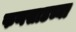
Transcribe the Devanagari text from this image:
फणसाडच्या